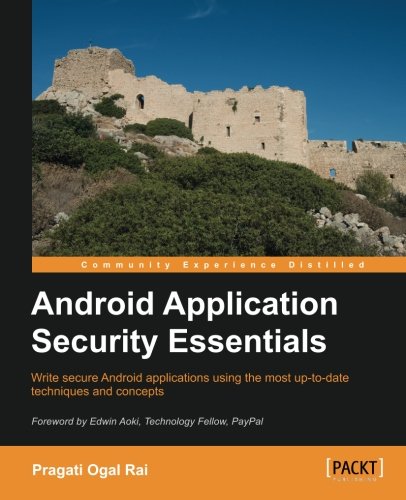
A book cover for Android Application Security Essentials; Pragati Ogal Rai; Computers & Technology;